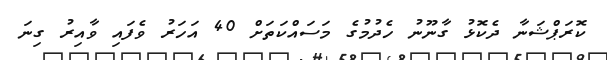
ކޮރަޕްޝަނާ ދެކޮޅު ގާނޫނު ހެދުމުގެ މަސައްކަތަށް 40 އަހަރު ވެފައި ވާއިރު ގިނަ